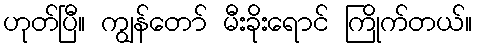
ဟုတ်ပြီ။ ကျွန်တော် မီးခိုးရောင် ကြိုက်တယ်။